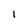
Character: 1